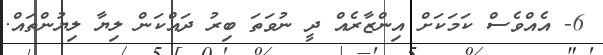
6- އެއްވެސް ކަމަކަށް އިންޒާރެއް ދީ ނުވަތަ ބިރު ދައްކަން ލިޔާ ލިޔުންތައް.